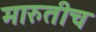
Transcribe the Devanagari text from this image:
मारुतीच